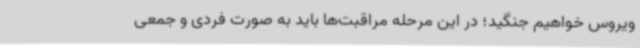
ویروس خواهیم جنگید؛ در این مرحله مراقبت‌ها باید به صورت فردی و جمعی